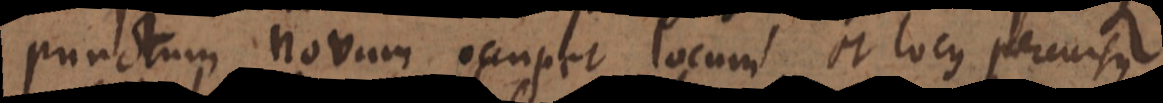
punctum novum occupet locum et locus percursus